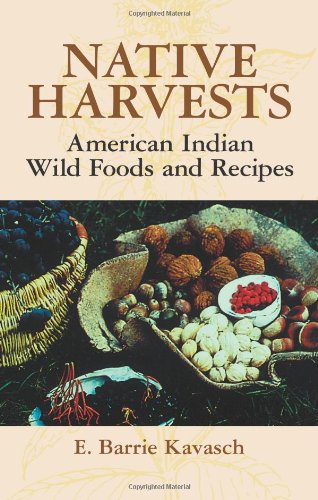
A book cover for Native Harvests: American Indian Wild Foods and Recipes; E. Barrie Kavasch; Cookbooks, Food & Wine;